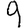
Digit: 9